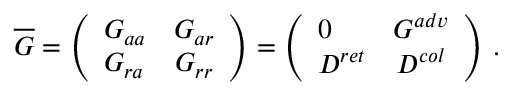
\overline { { { G } } } = \left( \begin{array} { l c r } { { G _ { a a } } } & { { G _ { a r } } } \\ { { G _ { r a } } } & { { G _ { r r } } } \end{array} \right) = \left( \begin{array} { l c r } { { 0 } } & { { G ^ { a d v } } } \\ { { D ^ { r e t } } } & { { D ^ { c o l } } } \end{array} \right) \, .